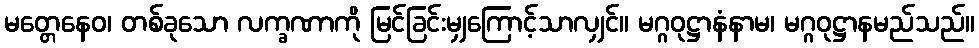
မတ္တေနေဝ၊ တစ်ခုသော လက္ခဏာကို မြင်ခြင်းမျှကြောင့်သာလျှင်။ မဂ္ဂဝုဋ္ဌာနံနာမ၊ မဂ္ဂဝုဋ္ဌာနမည်သည်။